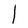
Character: l